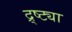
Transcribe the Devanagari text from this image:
द्र्ष्ट्या